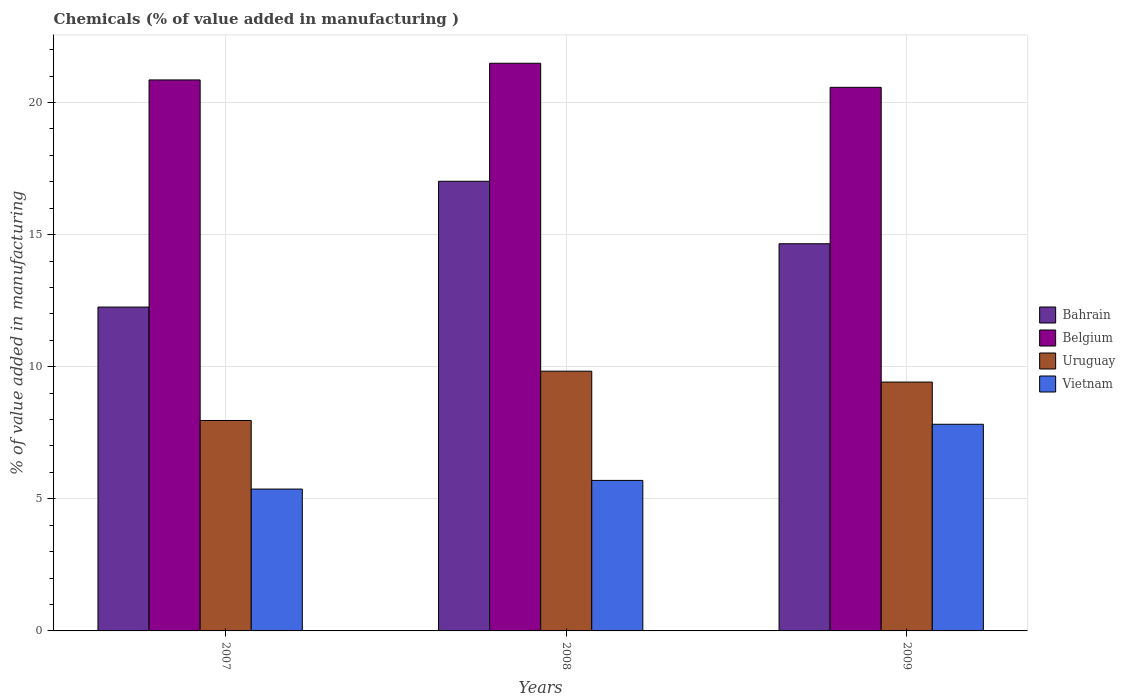
| Years | Bahrain | Belgium | Uruguay | Vietnam |
 | --- | --- | --- | --- | --- |
 | 2007 | 12.3 | 20.9 | 7.97 | 5.37 |
 | 2008 | 17 | 21.5 | 9.83 | 5.7 |
 | 2009 | 14.7 | 20.6 | 9.42 | 7.82 |